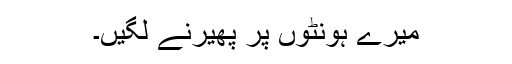
میرے ہونٹوں پر پھیرنے لگیں۔